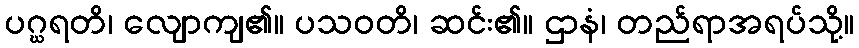
ပဂ္ဃရတိ၊ လျောကျ၏။ ပသဝတိ၊ ဆင်း၏။ ဌာနံ၊ တည်ရာအရပ်သို့။